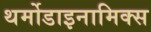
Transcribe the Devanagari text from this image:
थर्मोडाइनामिक्स